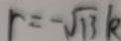
r = - \sqrt { 1 3 } k